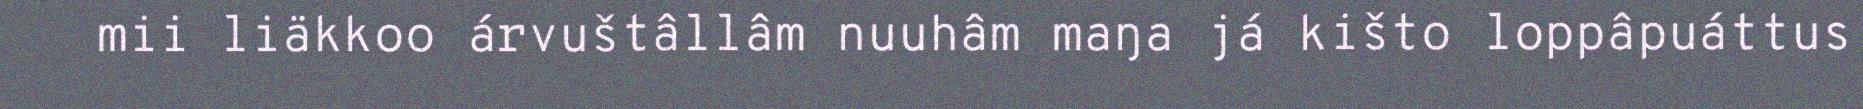
mii liäkkoo árvuštâllâm nuuhâm maŋa já kišto loppâpuáttus